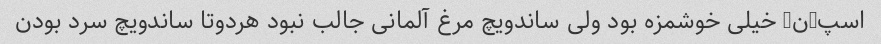
اسپ-ن- خیلی خوشمزه بود ولی ساندویچ مرغ آلمانی جالب نبود هردوتا ساندویچ سرد بودن